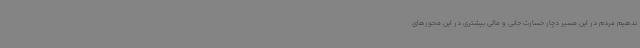
ندهیم مردم در این مسیر دچار خسارت جانی و مالی بیشتری در این محورهای